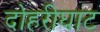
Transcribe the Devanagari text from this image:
दोहरीघाट